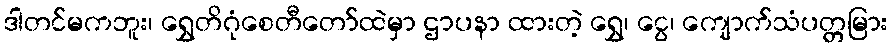
ဒါတင်မကဘူး၊ ရွှေတိဂုံစေတီတော်ထဲမှာ ဌာပနာ ထားတဲ့ ရွှေ၊ ငွေ၊ ကျောက်သံပတ္တမြား